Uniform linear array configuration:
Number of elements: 32
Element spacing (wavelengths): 0.25
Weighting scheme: exponential
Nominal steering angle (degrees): -15
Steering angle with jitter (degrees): -16.613
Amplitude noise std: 0.05
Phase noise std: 0.05

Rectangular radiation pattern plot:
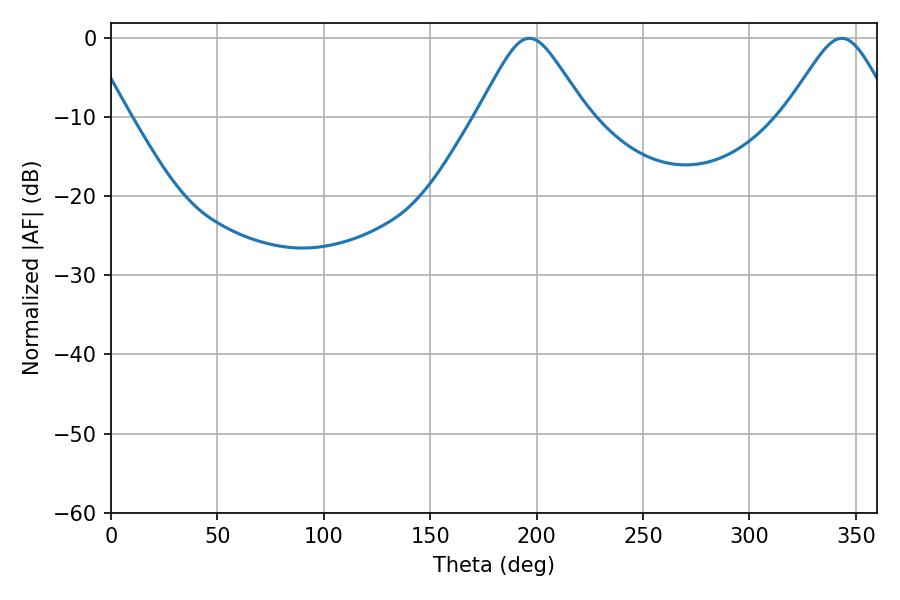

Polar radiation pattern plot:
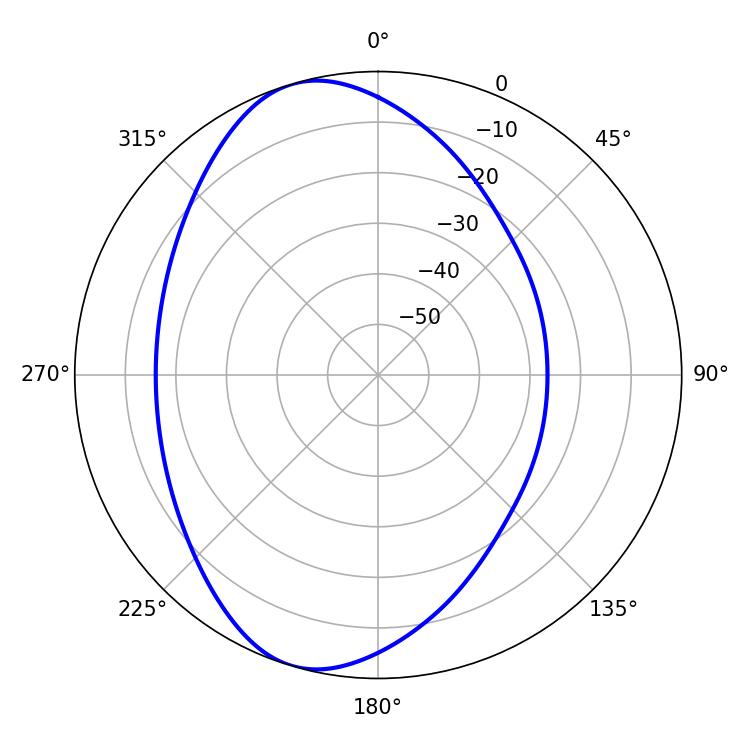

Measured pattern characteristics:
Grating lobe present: FALSE
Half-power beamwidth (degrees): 24.66
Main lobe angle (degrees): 196.56